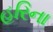
હરિના